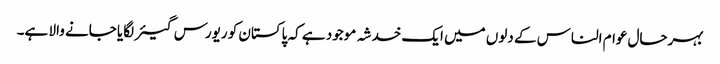
بہرحال عوام الناس کے دلوں میں ایک خدشہ موجود ہے کہ پاکستان کو ریورس گیئر لگایا جانے والا ہے۔